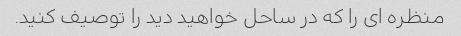
منظره ای را که در ساحل خواهید دید را توصیف کنید.